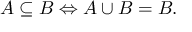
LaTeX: A \subseteq B \Leftrightarrow A \cup B = B .